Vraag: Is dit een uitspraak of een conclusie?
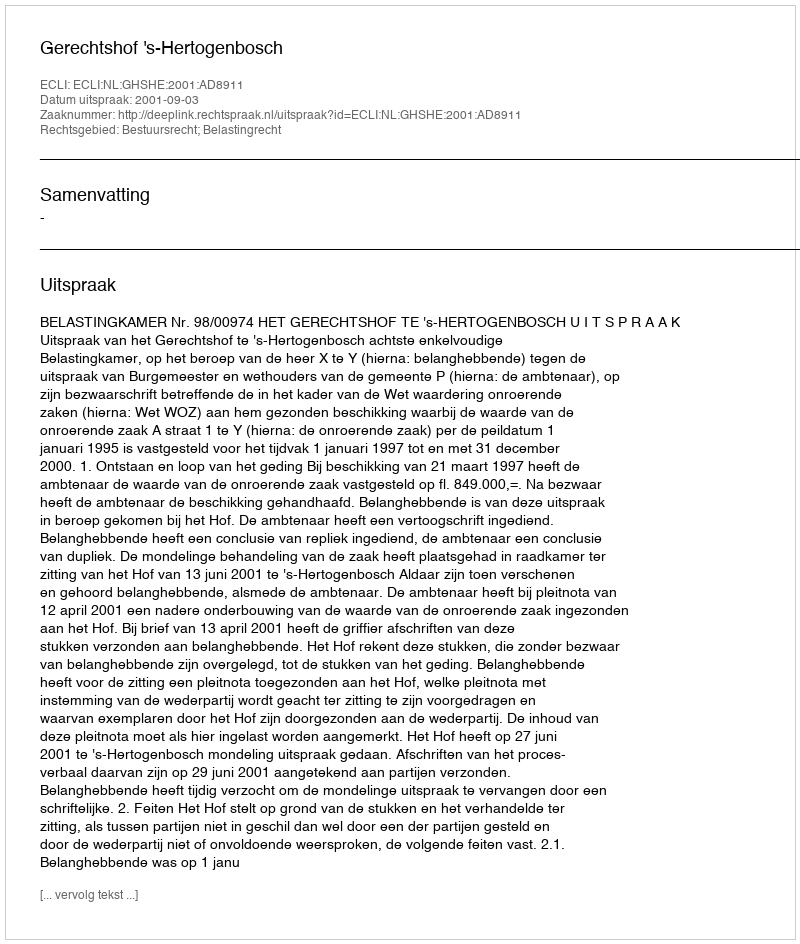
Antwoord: Uitspraak